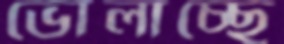
ভোলাচ্ছে